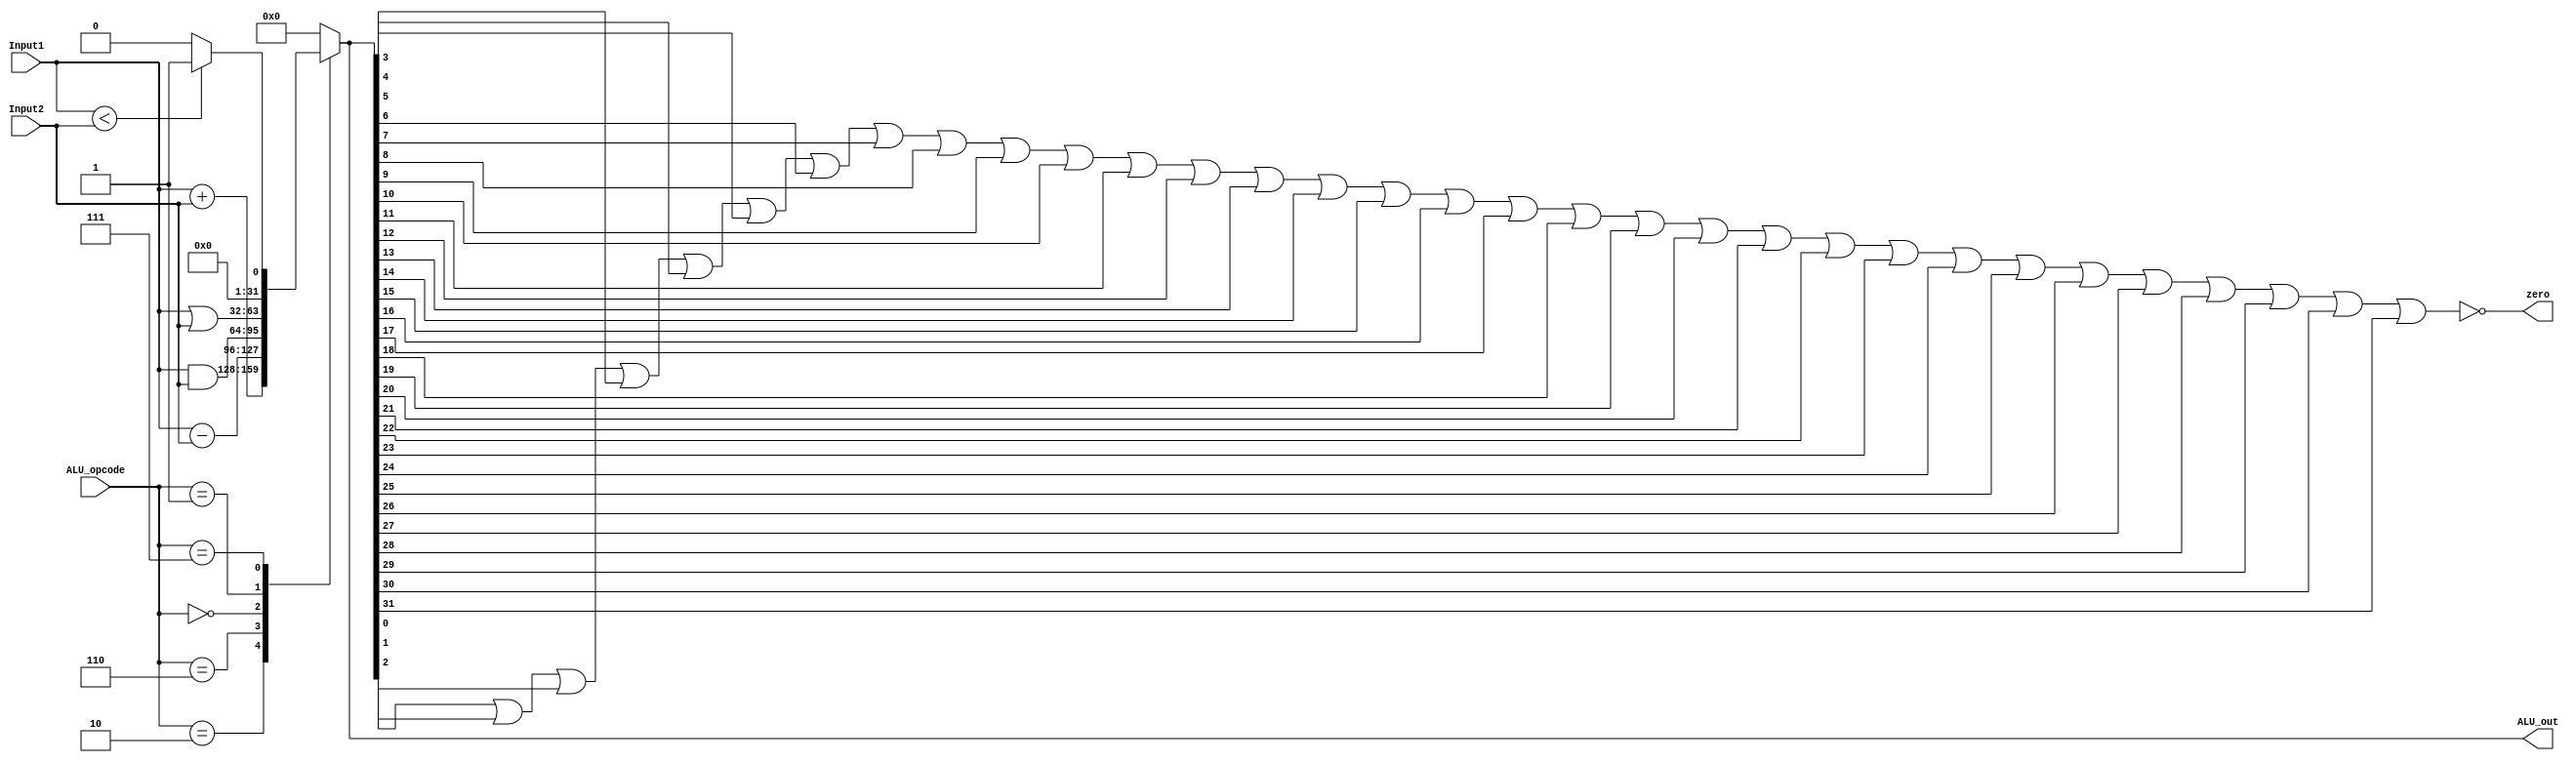
module ArithLogicUnit(
    input wire [31:0] Input1,
    input wire [31:0] Input2,
    input wire [3:0] ALU_opcode,
    output reg [31:0] ALU_out,
	output wire zero
    );
    always @(*) begin
        case (ALU_opcode)
            4'b0010: ALU_out = Input1 + Input2;
            4'b0110: ALU_out = Input1 - Input2;													  
            4'b0000: ALU_out = Input1 & Input2;
            4'b0001: ALU_out = Input1 | Input2;
            4'b0111: ALU_out = (Input1 < Input2)? 1 : 0; // still don't know if there is a better way to use the subtraction output with the overflow flow flag in order to detect the slt output
            default:	ALU_out = 0;
 		endcase
    end
    //Zero Flag
    assign zero = ~(ALU_out[0] | ALU_out[1] | ALU_out[2] | ALU_out[3] | ALU_out[4] | ALU_out[5] | ALU_out[6] | ALU_out[7] | ALU_out[8] | 
		ALU_out[9] | ALU_out[10] | ALU_out[11] | ALU_out[12] | ALU_out[13] | ALU_out[14] | ALU_out[15] | ALU_out[16] | ALU_out[17] | ALU_out[18] | 
		ALU_out[19] | ALU_out[20] | ALU_out[21] | ALU_out[22] | ALU_out[23] | ALU_out[24] | ALU_out[25] | ALU_out[26] | ALU_out[27] | ALU_out[28] |
        ALU_out[29] | ALU_out[30] | ALU_out[31]);



endmodule